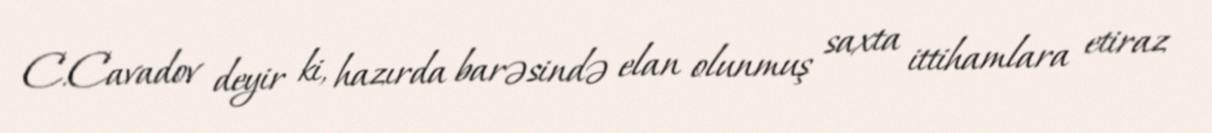
C.Cavadov deyir ki, hazırda barəsində elan olunmuş saxta ittihamlara etiraz